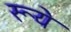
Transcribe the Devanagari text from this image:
रूये